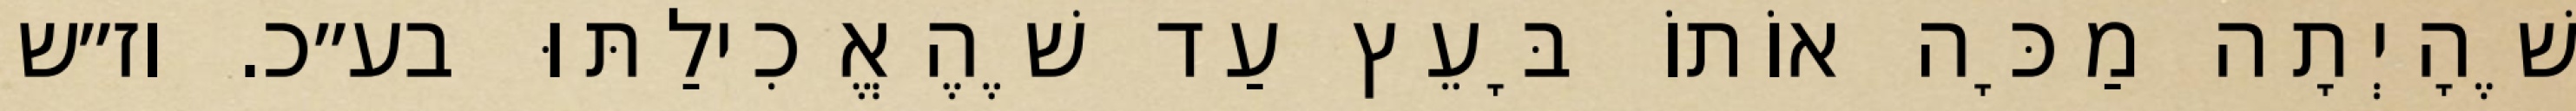
שֶׁהָיְתָה מַכָּה אוֹתוֹ בָּעֵץ עַד שֶׁהֶאֱכִילַתּוּ בע״כ. וז״ש